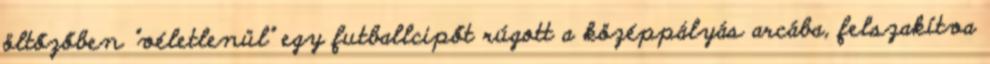
öltőzőben "véletlenül" egy futballcipőt rúgott a középpályás arcába, felszakítva